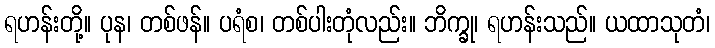
ရဟန်းတို့။ ပုန၊ တစ်ဖန်။ ပရံစ၊ တစ်ပါးတုံလည်း။ ဘိက္ခု၊ ရဟန်းသည်။ ယထာသုတံ၊